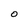
Character: O